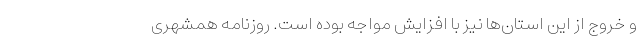
و خروج از این استان‌ها نیز با افزایش مواجه بوده است. روزنامه همشهری